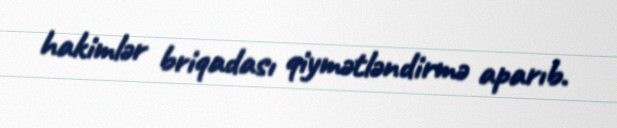
hakimlər briqadası qiymətləndirmə aparıb.